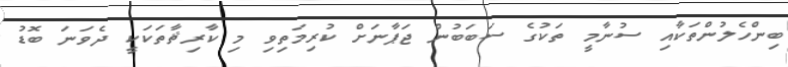
ބިންހެލުންތަކާއި ސުނާމީ ތަކުގެ ސަބަބުން ޖަޕާނަށް ކުރިމަތިވި މި ކާރިޘާތަކަކީ ދެވަނަ ބޮޑު